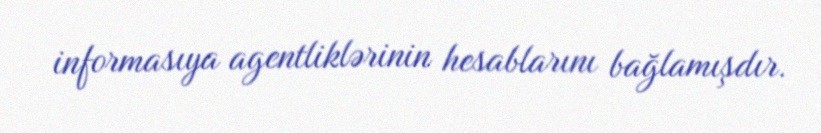
informasıya agentliklərinin hesablarını bağlamışdır.